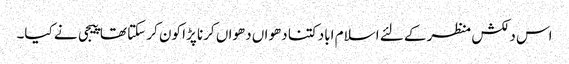
اس دلکش منظر کے لئے اسلام اباد کتنا دھواں دھواں کرنا پڑا کون کر سکتا تھا پیجی نے کیا۔